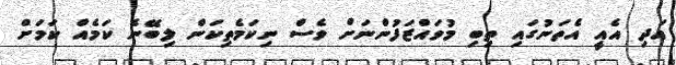
އަދި އެއީ އެތަނުގައި ތިބި މުވައްޒަފުންނަށް ވެސް ނިކަމެތިކަން ލިބޭނެ ކަމެއް ކަމަށް